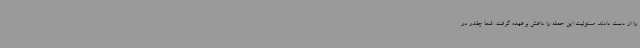
را از دست دادند. مسئولیت این حمله را داعش برعهده گرفت. شما چقدر در